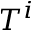
T ^ { i }